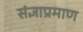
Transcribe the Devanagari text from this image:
संज्ञाप्रमाण